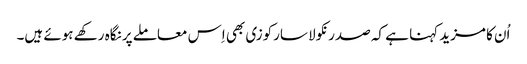
اُن کا مزید کہنا ہے کہ صدر نکولا سارکوزی بھی اِس معاملے پر نگاہ رکھے ہوئے ہیں۔